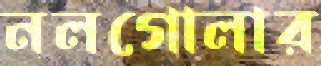
নলগোলার